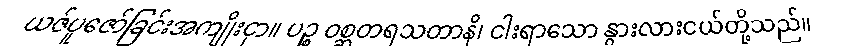
ယဇ်ပူဇော်ခြင်းအကျိုးငှာ။ ပဉ္စ ဝစ္ဆတရသတာနိ၊ ငါးရာသော နွားလားငယ်တို့သည်။